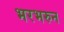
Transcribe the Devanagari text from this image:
भरभरुन